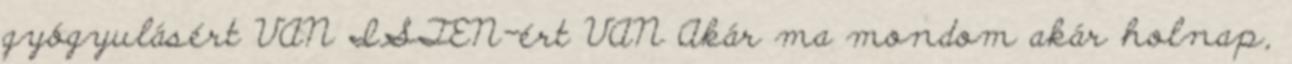
gyógyulásért VAN ISTEN-ért VAN Akár ma mondom akár holnap,